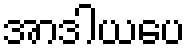
အာဒါယပေ